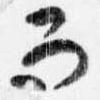
而